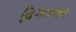
વિગતવાર